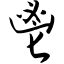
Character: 鬯